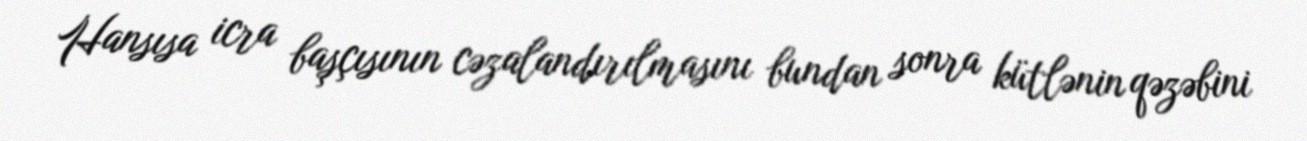
Hansısa icra başçısının cəzalandırılmasını bundan sonra kütlənin qəzəbini